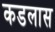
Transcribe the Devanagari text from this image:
कडलास